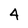
Character: 4